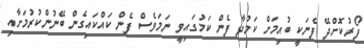
ފޯރުކޮށްދޭ ފެނަކީ ބުއިމަށް ކަމުދާ ފެން ކަމުގައިވީ ނަމަވެސް ފެން ކައްކައިގެން ބޭނުންކުރުމަށާއި